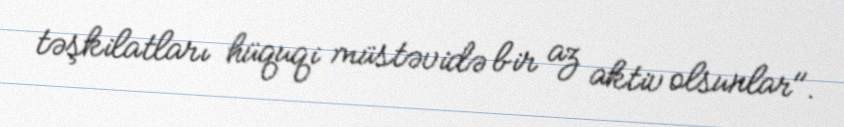
təşkilatları hüquqi müstəvidə bir az aktiv olsunlar".